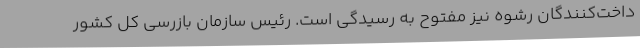
داخت‌کنندگان رشوه نیز مفتوح به رسیدگی است. رئیس سازمان بازرسی کل کشور